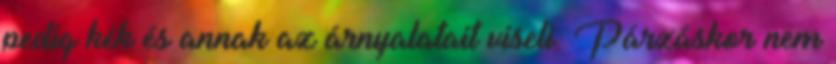
pedig kék és annak az árnyalatait viseli. Párzáskor nem